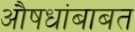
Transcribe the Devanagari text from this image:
औषधांबाबत